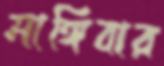
মাঙ্গিবার